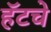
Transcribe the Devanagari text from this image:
हॅटचे